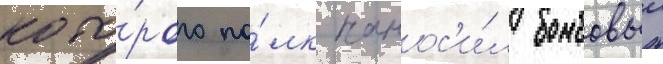
кото́рого по́лк нанос'и́л бомбовыи